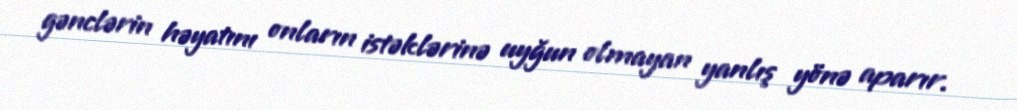
gənclərin həyatını onların istəklərinə uyğun olmayan yanlış yönə aparır.